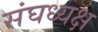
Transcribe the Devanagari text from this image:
संघध्यक्ष